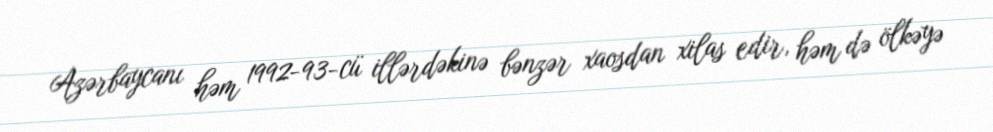
Azərbaycanı həm 1992-93-cü illərdəkinə bənzər xaosdan xilas edir, həm də ölkəyə